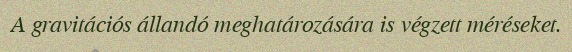
A gravitációs állandó meghatározására is végzett méréseket.